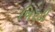
ખિરડી